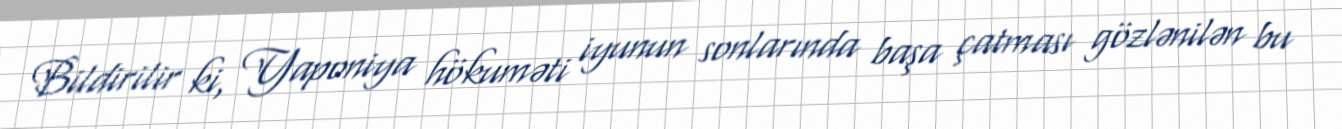
Bildirilir ki, Yaponiya hökuməti iyunun sonlarında başa çatması gözlənilən bu